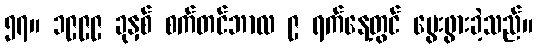
၅၇။ ၁၉၉၉ ခုနှစ် စက်တင်ဘာလ ၉ ရက်နေ့တွင် မွေးဖွားခဲ့သည်။